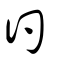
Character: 彴